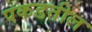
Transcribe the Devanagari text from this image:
पकडतील